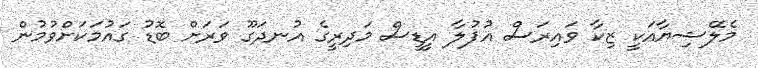
މެލޭޝިޔާއަކީ ޒިކާ ވައިރަސް އުފުލާ އީޑީސް މަދިރީގެ އުނދަގޫ ވަރަށް ބޮޑު ގައުމަކަށްވުމުން